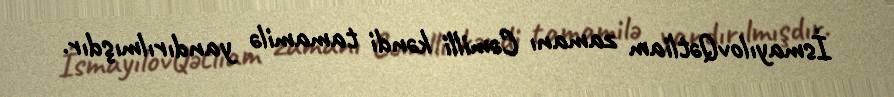
İsmayılovQətliam zamanı Cəmilli kəndi tamamilə yandırılmışdır.